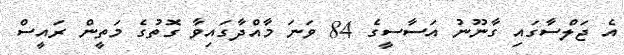
އެ ޖަލްސާގައި ގާނޫނު އަސާސީގެ 84 ވަނަ މާއްދާގައިވާ ގޮތުގެ މަތީން ރައީސް